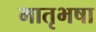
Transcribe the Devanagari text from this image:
मातृभषा